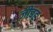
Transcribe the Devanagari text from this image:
ज़ीबह